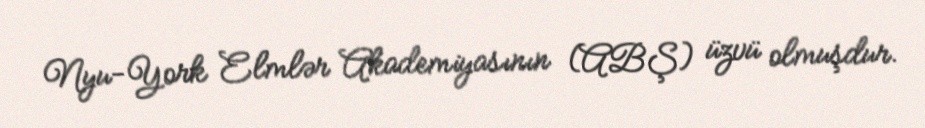
Nyu-York Elmlər Akademiyasının (ABŞ) üzvü olmuşdur.